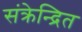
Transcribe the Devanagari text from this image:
संक्रेन्द्रित